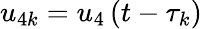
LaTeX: u_{4k}=u_{4}\left(t-\tau_{k}\right)